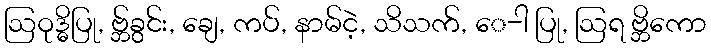
ဩဝုဒ္ဓိပြု, ဗ္ဘ်ခွင်း, ချေ, ကပ်, နာမ်ငဲ့, သိသက်, ေ-ါ ပြု, ဩရ ဗ္ဘိကော